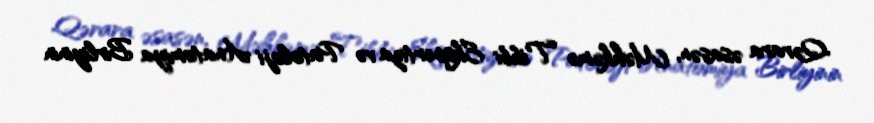
Qərara əsasən, Məhkəmə Tibbi Ekspertiza və Patoloji Anatomiya Birliyinin